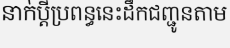
នាក់ប្តីប្រពន្ធនេះដឹកជញ្ជូនតាម